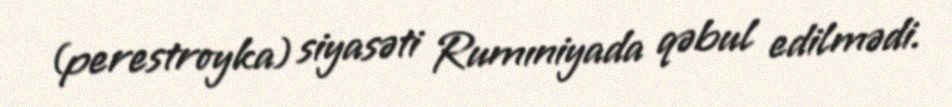
(perestroyka) siyasəti Rumıniyada qəbul edilmədi.